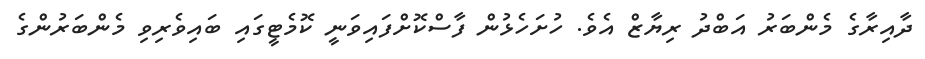
ދާއިރާގެ މެންބަރު އަބްދު ރިޔާޒް އެވެ. ހުށަހެޅުން ފާސްކޮށްފައިވަނީ ކޮމެޓީގައި ބައިވެރިވި މެންބަރުންގެ